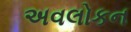
અવલોકન